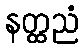
နတ္ထညံ